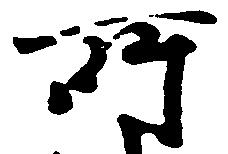
所